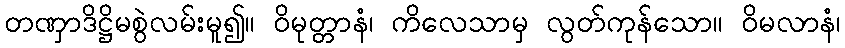
တဏှာဒိဋ္ဌိမစွဲလမ်းမူ၍။ ဝိမုတ္တာနံ၊ ကိလေသာမှ လွတ်ကုန်သော။ ဝိမလာနံ၊